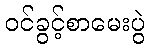
ဝင်ခွင့်စာမေးပွဲ